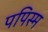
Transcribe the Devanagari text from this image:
पपिस्म